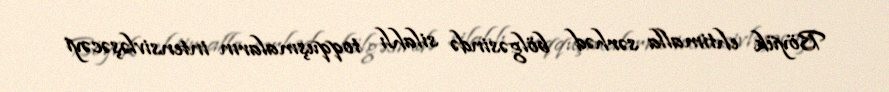
Böyük ehtimalla sərhəd bölgəsində silahlı toqquşmaların intensivləşəcəyi